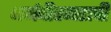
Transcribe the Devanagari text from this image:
धर्मवीरगडाची